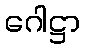
ဂေါဋ္ဌာ